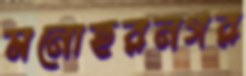
মনোহরনগর